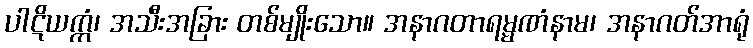
ပါဋိယက္ကံ၊ အသီးအခြား တစ်မျိုးသော။ အနာဂတာရမ္မဏံနာမ၊ အနာဂတ်အာရုံ